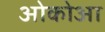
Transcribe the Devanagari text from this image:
ओकोआ